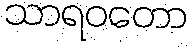
သာရဝတော